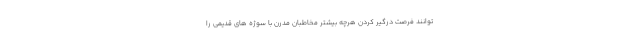
توانند فرصت درگیر کردن هرچه بیشتر مخاطبان مدرن با سوژه های قدیمی را